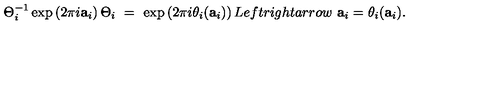
\Theta _ { i } ^ { - 1 } \exp \left( 2 \pi i \mathbf { a } _ { i } \right) \Theta _ { i } \ = \ \exp \left( 2 \pi i \theta _ { i } ( \mathbf { a } _ { i } ) \right) L e f t r i g h t a r r o w \ \mathbf { a } _ { i } = \theta _ { i } ( \mathbf { a } _ { i } ) .